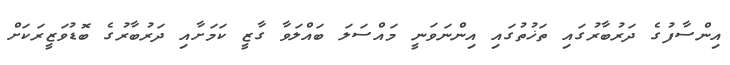
އިންސާފުގެ ދަރުބާރުގައި ތަޚުތުގައި އިންނަވަނީ މައްސަލަ ބައްލަވާ ގާޒީ ކަމަށާއި ދަރުބާރުގެ ބޮޑުވަޒީރަކަށް